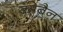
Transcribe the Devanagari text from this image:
कोबैन